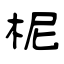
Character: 柅